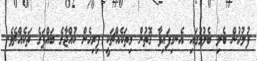
ފުލުހުން ބެލި ބެލުމުގައި އެނގިފައިވާ ގޮތުން މިތަކެއްޗަކީ ފިރިހެން ކުއްޖާގެ ބައްޕަގެ ތަކެއްޗެވެ.